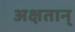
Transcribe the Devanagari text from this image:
अक्षतान्